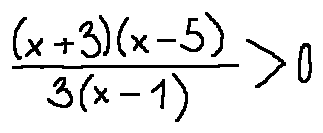
\frac { ( x + 3 ) ( x - 5 ) } { 3 ( x - 1 ) } > 0